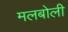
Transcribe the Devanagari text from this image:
मलबोली